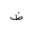
Letter: _za